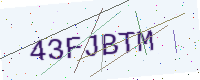
Text: 43FJBTM